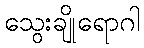
သွေးချိုရောဂါ